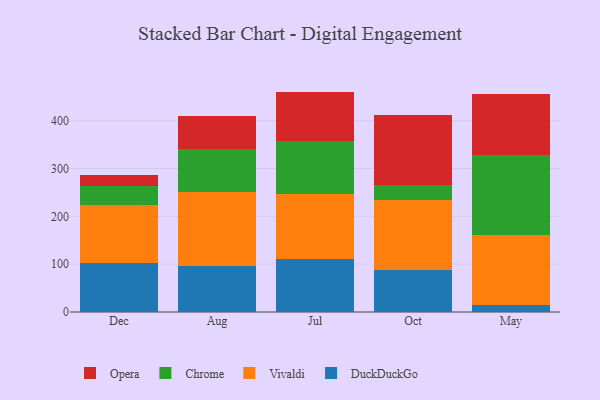
{"axis": {"x": "Month", "y": "Population (Million)"}, "legend": ["Chrome", "DuckDuckGo", "Opera", "Vivaldi"], "data": [{"x": "Dec", "y": 102.9, "type": "DuckDuckGo"}, {"x": "Dec", "y": 121.2, "type": "Vivaldi"}, {"x": "Dec", "y": 40.0, "type": "Chrome"}, {"x": "Dec", "y": 23.3, "type": "Opera"}, {"x": "Aug", "y": 95.8, "type": "DuckDuckGo"}, {"x": "Aug", "y": 155.0, "type": "Vivaldi"}, {"x": "Aug", "y": 90.7, "type": "Chrome"}, {"x": "Aug", "y": 68.4, "type": "Opera"}, {"x": "Jul", "y": 111.8, "type": "DuckDuckGo"}, {"x": "Jul", "y": 135.8, "type": "Vivaldi"}, {"x": "Jul", "y": 109.6, "type": "Chrome"}, {"x": "Jul", "y": 103.6, "type": "Opera"}, {"x": "Oct", "y": 88.7, "type": "DuckDuckGo"}, {"x": "Oct", "y": 145.1, "type": "Vivaldi"}, {"x": "Oct", "y": 32.7, "type": "Chrome"}, {"x": "Oct", "y": 145.3, "type": "Opera"}, {"x": "May", "y": 15.3, "type": "DuckDuckGo"}, {"x": "May", "y": 146.4, "type": "Vivaldi"}, {"x": "May", "y": 166.2, "type": "Chrome"}, {"x": "May", "y": 127.1, "type": "Opera"}]}